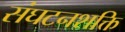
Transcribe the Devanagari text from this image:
संघटनशक्ति